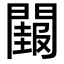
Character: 𮤝